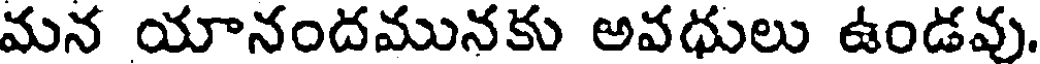
మన యానందమునకు అవధులు ఉండవు